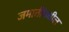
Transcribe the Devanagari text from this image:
जमातींमधील